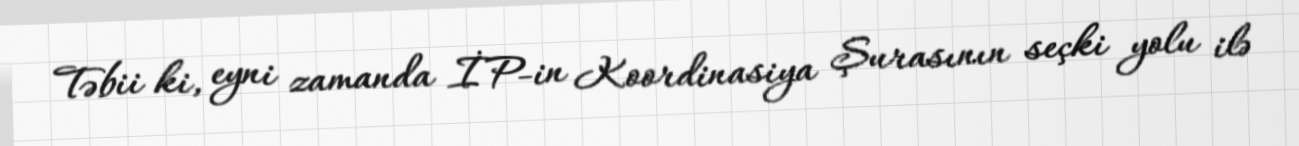
Təbii ki, eyni zamanda İP-in Koordinasiya Şurasının seçki yolu ilə